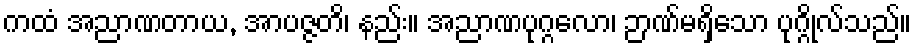
ကထံ အညာဏတာယ, အာပဇ္ဇတိ၊ နည်း။ အညာဏပုဂ္ဂလော၊ ဉာဏ်မရှိသော ပုဂ္ဂိုလ်သည်။